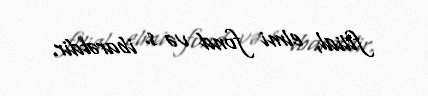
filial, elmi fond və s. ibarətdir.